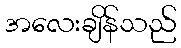
အလေးချိန်သည်